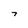
Character: 7